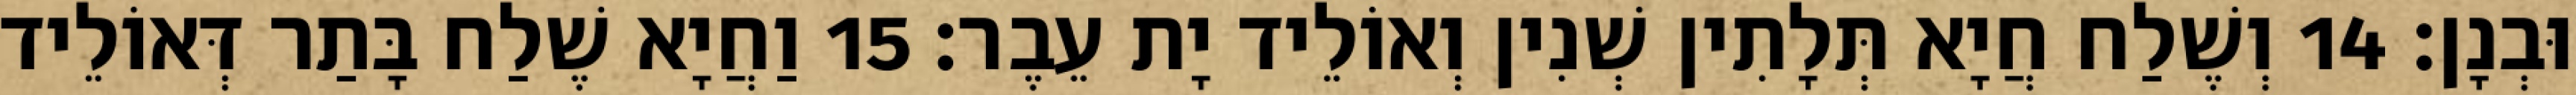
וּבְנָן׃ 14 וְשֶׁלַח חֲיָא תְּלָתִין שְׁנִין וְאוֹלֵיד יָת עֵבֶר׃ 15 וַחֲיָא שֶׁלַח בָּתַר דְּאוֹלֵיד